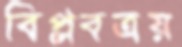
বিপ্লবত্রয়